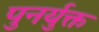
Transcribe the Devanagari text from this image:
पुनर्युक्त